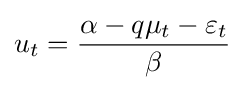
u_{t}={\frac {\alpha -q\mu _{t}-\varepsilon _{t}}{\beta }}